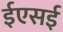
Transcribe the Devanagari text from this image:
ईएसई